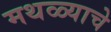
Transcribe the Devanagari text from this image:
मथळ्याचे